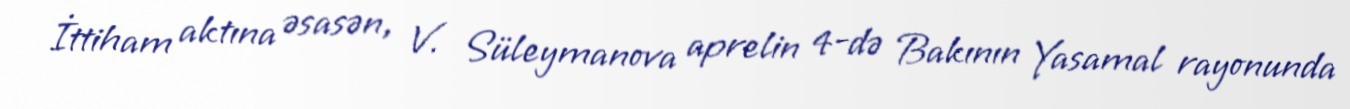
İttiham aktına əsasən, V. Süleymanova aprelin 4-də Bakının Yasamal rayonunda